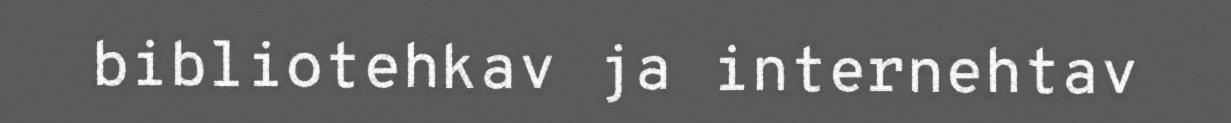
bibliotehkav ja internehtav